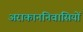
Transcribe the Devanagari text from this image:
अराकाननिवासियों